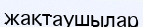
жақтаушылар